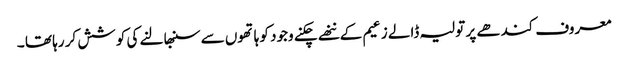
معروف کندھے پر تولیہ ڈالے زعیم کے ننھے چکنے وجود کو ہاتھوں سے سنبھالنے کی کوشش کر رہا تھا ۔